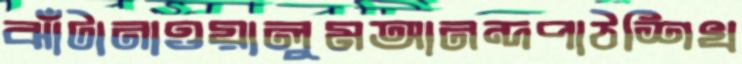
ঝাঁটানাওয়ালুমআনন্দপাঠশিখ